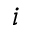
i